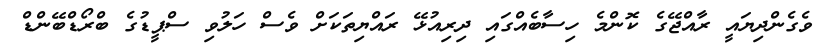
ވެގެންދިޔައީ ރާއްޖޭގެ ކޮންމެ ހިސާބެއްގައި ދިރިއުޅޭ ރައްޔިތަކަށް ވެސް ހަލުވި ސްޕީޑުގެ ބްރޯޑްބޭންޑް